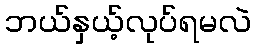
ဘယ်နှယ့်လုပ်ရမလဲ